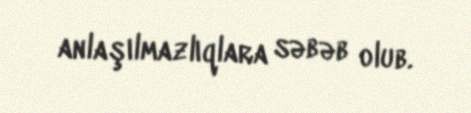
anlaşılmazlıqlara səbəb olub.